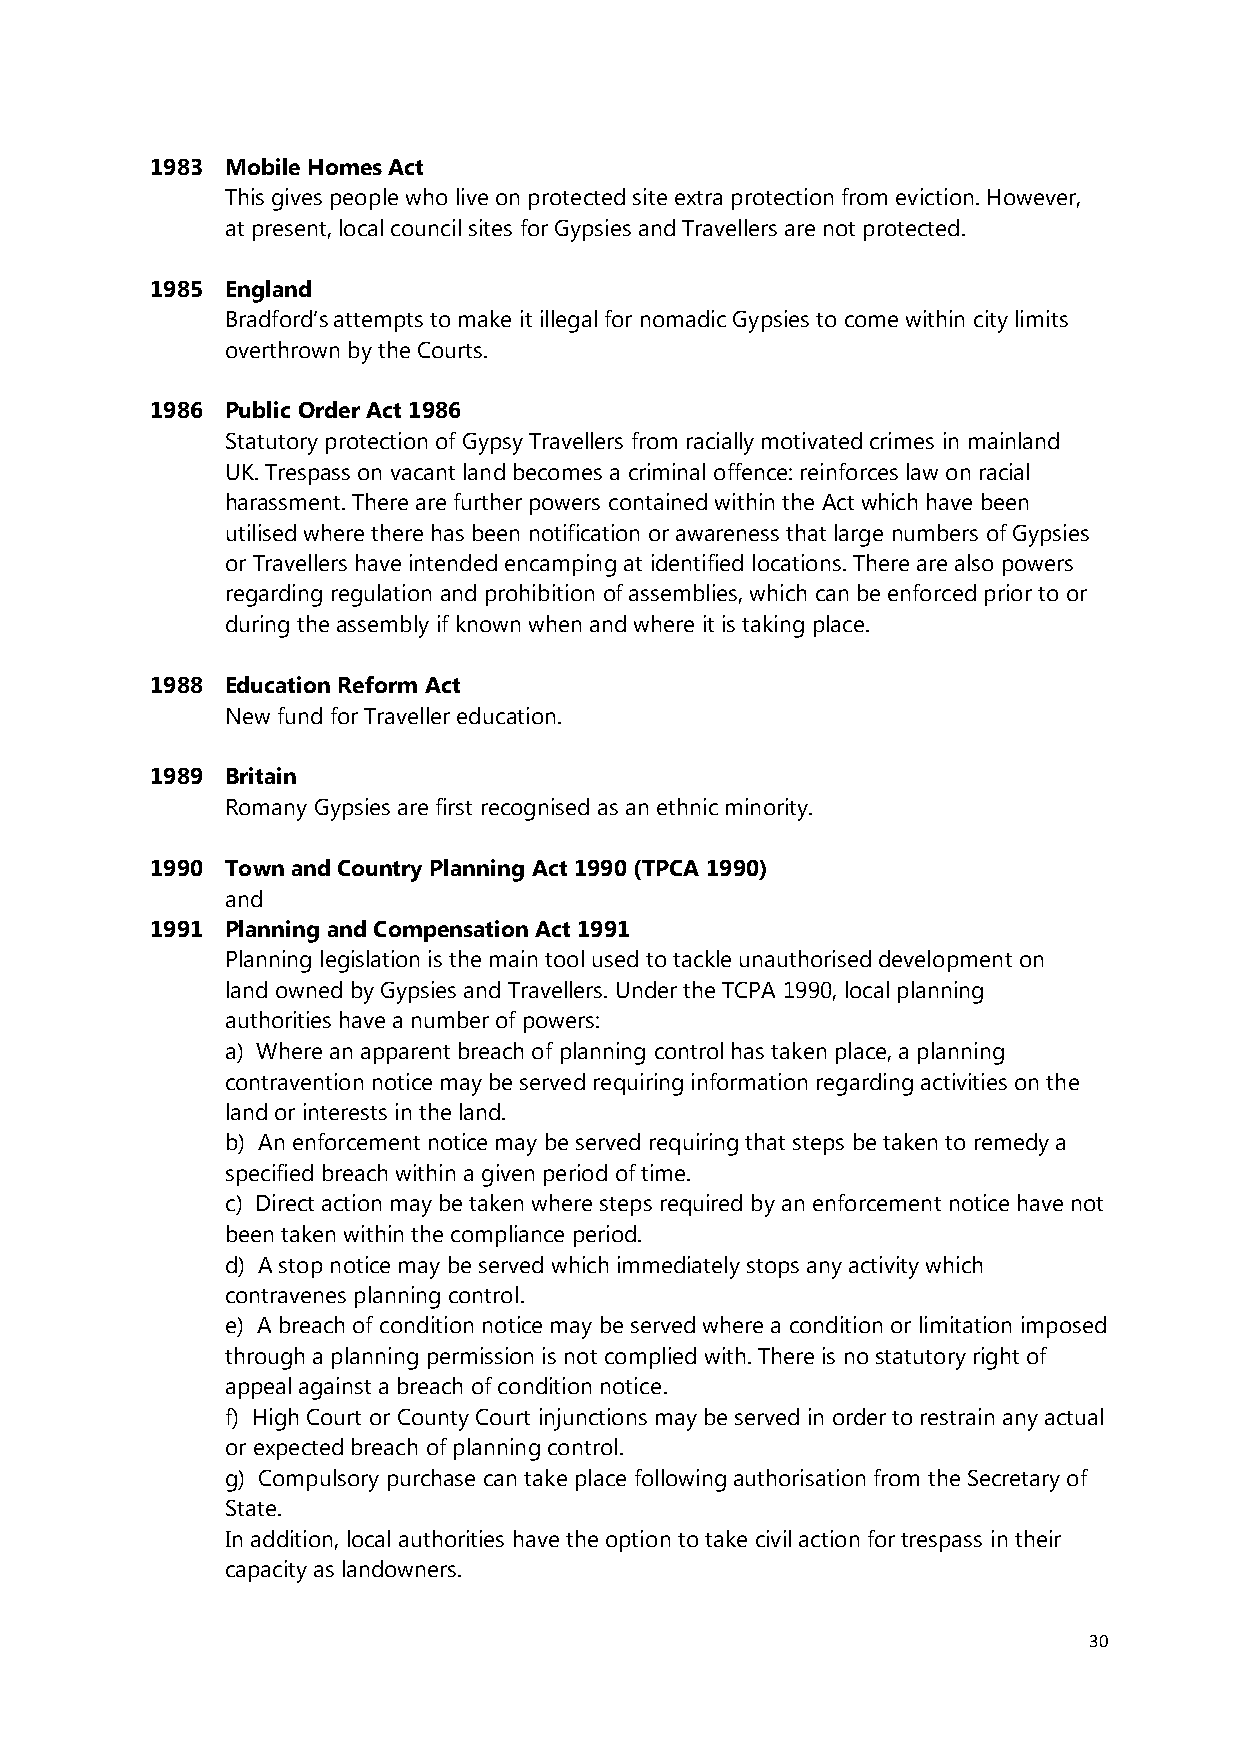
1983 Mobile Homes Act
 This gives people who live on protected site extra protection from eviction. However,
 at present, local council sites for Gypsies and Travellers are not protected.
 1985 England
 Bradford’s attempts to make it illegal for nomadic Gypsies to come within city limits
 overthrown by the Courts.
 1986 Public Order Act 1986
 Statutory protection of Gypsy Travellers from racially motivated crimes in mainland
 UK. Trespass on vacant land becomes a criminal offence: reinforces law on racial
 harassment. There are further powers contained within the Act which have been
 utilised where there has been notification or awareness that large numbers of Gypsies
 or Travellers have intended encamping at identified locations. There are also powers
 regarding regulation and prohibition of assemblies, which can be enforced prior to or
 during the assembly if known when and where it is taking place.
 1988 Education Reform Act
 New fund for Traveller education.
 1989 Britain
 Romany Gypsies are first recognised as an ethnic minority.
 1990 Town and Country Planning Act 1990 (TPCA 1990)
 and
 1991 Planning and Compensation Act 1991
 Planning legislation is the main tool used to tackle unauthorised development on
 land owned by Gypsies and Travellers. Under the TCPA 1990, local planning
 authorities have a number of powers:
 a) Where an apparent breach of planning control has taken place, a planning
 contravention notice may be served requiring information regarding activities on the
 land or interests in the land.
 b) An enforcement notice may be served requiring that steps be taken to remedy a
 specified breach within a given period of time.
 c) Direct action may be taken where steps required by an enforcement notice have not
 been taken within the compliance period.
 d) A stop notice may be served which immediately stops any activity which
 contravenes planning control.
 e) A breach of condition notice may be served where a condition or limitation imposed
 through a planning permission is not complied with. There is no statutory right of
 appeal against a breach of condition notice.
 f) High Court or County Court injunctions may be served in order to restrain any actual
 or expected breach of planning control.
 g) Compulsory purchase can take place following authorisation from the Secretary of
 State.
 In addition, local authorities have the option to take civil action for trespass in their
 capacity as landowners.
 30